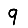
Digit: 9